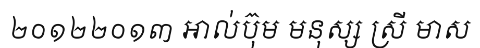
២០១២២០១៣ អាល់ប៊ុម មនុស្ស ស្រី មាស